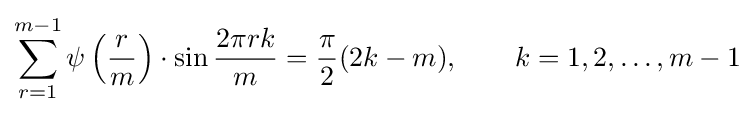
\sum _{r=1}^{m-1}\psi \left({\frac {r}{m}}\right)\cdot \sin {\frac {2\pi rk}{m}}={\frac {\pi }{2}}(2k-m),\qquad k=1,2,\ldots ,m-1